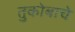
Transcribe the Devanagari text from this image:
तुकोबाचे